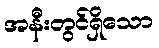
အနီးတွင်ရှိသော